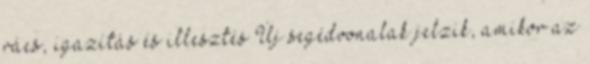
rács, igazítás és illesztés Új segédvonalak jelzik, amikor az